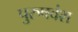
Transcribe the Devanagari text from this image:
पुरुषवंश